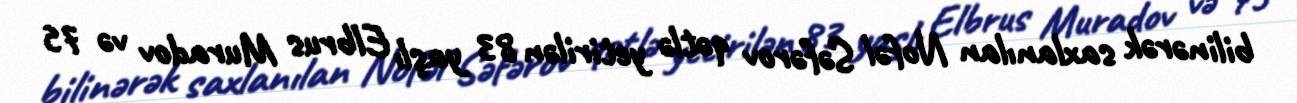
bilinərək saxlanılan Nofəl Səfərov qətlə yetirilən 83 yaşlı Elbrus Muradov və 75